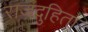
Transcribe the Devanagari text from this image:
राजदुहिता